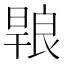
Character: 𭧄